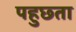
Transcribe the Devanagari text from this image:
पहुछ्ता